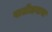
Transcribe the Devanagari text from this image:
पाटीलबावा